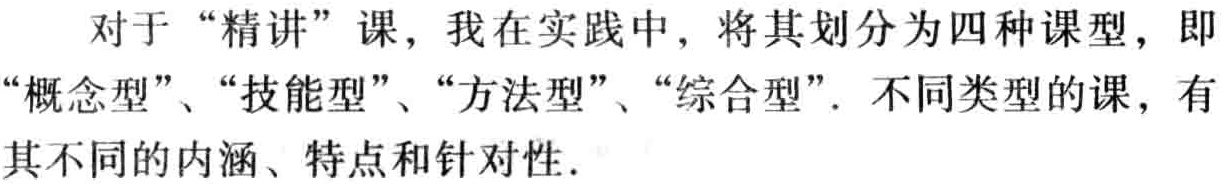
对于“精讲”课，我在实践中，将其划分为四种课型，即“概念型”、“技能型”、“方法型”、“综合型”. 不同类型的课，有其不同的内涵、特点和针对性.